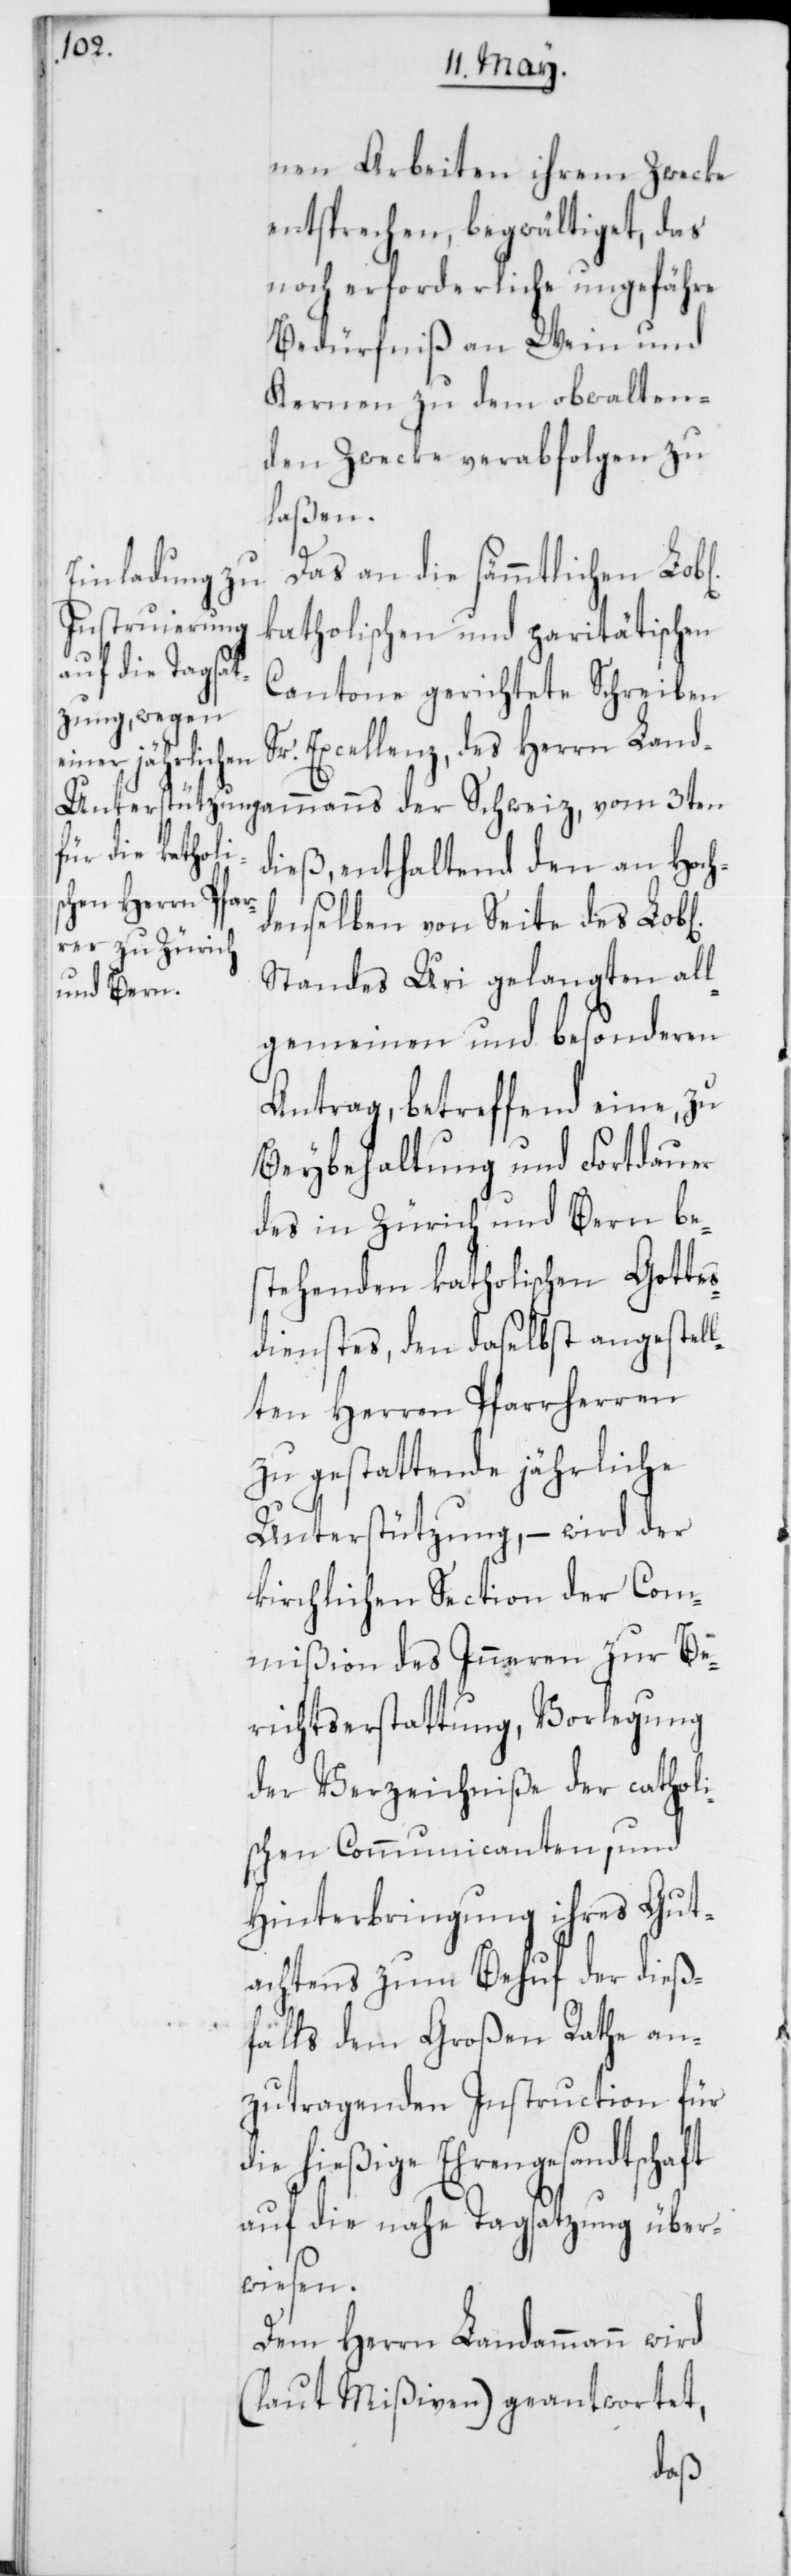
nen Arbeiten ihrem Zwecke
entsprechen, begwältiget, das
noch erforderliche ungefähre
Bedürfniß an Wein und
Kernen zu dem obwalten¬
den Zwecke verabfolgen zu
laßen.
Das an die sämmtlichen Lob[l¬
katholischen und paritätischen
Cantone gerichtete Schreiben
Sr. Excellenz, des Herrn Land¬
ichen]
dieß, enthaltend den an Hoch¬
denselben von Seite des Lob[l¬
Standes Uri gelangten all¬
gemeinen und besonderen
Antrag, betreffend eine, zu
Beybehaltung und Fortdauer
des in Zürich und Bern be¬
stehenden katholischen Gotte¬
sdienstes, den daselbst angestell¬
ten Herren Pfarrherren
zu gestattende jährliche
Unterstützung, – wird der
kirchlichen Section der Com¬
mißion des Inneren zur Be¬
richtserstattung, Vorlegung
der Verzeichniße der catholi¬
schen Communicanten, und
Hinterbringung ihres Gut¬
achtens zum Behuf der dieß¬
falls dem Großen Rathe an¬
zutragenden Instruction für
die hießige Ehrengesandtschaft
auf die nahe Tagsatzung über¬
wiesen.
Dem Herrn Landammann wird
(laut Mißiven) geantwortet,